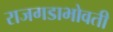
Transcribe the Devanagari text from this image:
राजगडाभोवती